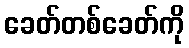
ခေတ်တစ်ခေတ်ကို